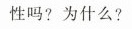
性吗?为什么?